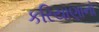
કરિયાણાનો